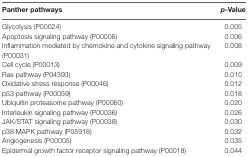
<table><thead><tr><td><b>Panther pathways</b></td><td><b><i>p</i>-Value</b></td></tr></thead><tbody><tr><td>Glycolysis (P00024)</td><td>0.005</td></tr><tr><td>Apoptosis signaling pathway (P00006)</td><td>0.006</td></tr><tr><td>Inflammation mediated by chemokine and cytokine signaling pathway (P00031)</td><td>0.008</td></tr><tr><td>Cell cycle (P00013)</td><td>0.009</td></tr><tr><td>Ras pathway (P04393)</td><td>0.010</td></tr><tr><td>Oxidative stress response (P00046)</td><td>0.012</td></tr><tr><td>p53 pathway (P00059)</td><td>0.018</td></tr><tr><td>Ubiquitin proteasome pathway (P00060)</td><td>0.020</td></tr><tr><td>Interleukin signaling pathway (P00036)</td><td>0.026</td></tr><tr><td>JAK/STAT signaling pathway (P00038)</td><td>0.030</td></tr><tr><td>p38 MAPK pathway (P05918)</td><td>0.032</td></tr><tr><td>Angiogenesis (P00005)</td><td>0.035</td></tr><tr><td>Epidermal growth factor receptor signaling pathway (P00018)</td><td>0.044</td></tr></tbody></table>